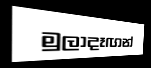
මුලාදෑඟන්